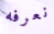
نعرفه